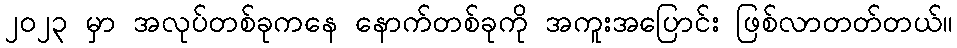
၂၀၂၃ မှာ အလုပ်တစ်ခုကနေ နောက်တစ်ခုကို အကူးအပြောင်း ဖြစ်လာတတ်တယ်။